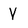
Character: V